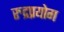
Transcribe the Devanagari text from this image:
रुद्रप्रयोग